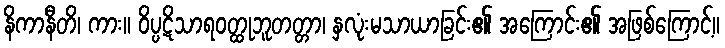
နိကာနီတိ၊ ကား။ ဝိပ္ပဋိသာရဝတ္ထုဘူတတ္တာ၊ နှလုံးမသာယာခြင်း၏ အကြောင်း၏ အဖြစ်ကြောင့်။